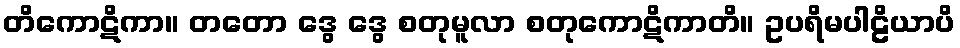
တိကောဋိကာ။ တတော ဒွေ ဒွေ စတုမူလာ စတုကောဋိကာတိ။ ဥပရိမပါဠိယာပိ